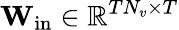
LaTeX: \mathbf{W}_{\mathrm{in}}\in\mathbb{R}^{TN_{v}\times T}